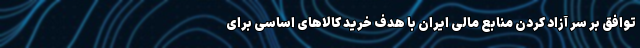
توافق بر سر آزاد کردن منابع مالی ایران با هدف خرید کالاهای اساسی برای